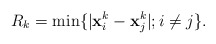
\begin{align*}R_k=\min \{|{\bf x}_i^k-{\bf x}_j^k|; i\neq j\}.\end{align*}